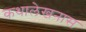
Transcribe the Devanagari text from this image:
कथालेखनास